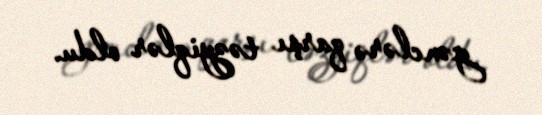
gənclərə qarşı təzyiqlər oldu.